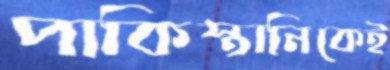
পাকিস্তানিকেই